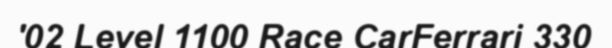
'02 Level 1100 Race CarFerrari 330